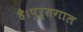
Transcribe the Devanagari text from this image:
है।पुर्तगाल